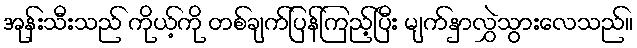
အုန်းသီးသည် ကိုယ့်ကို တစ်ချက်ပြန်ကြည့်ပြီး မျက်နှာလွှဲသွားလေသည်။